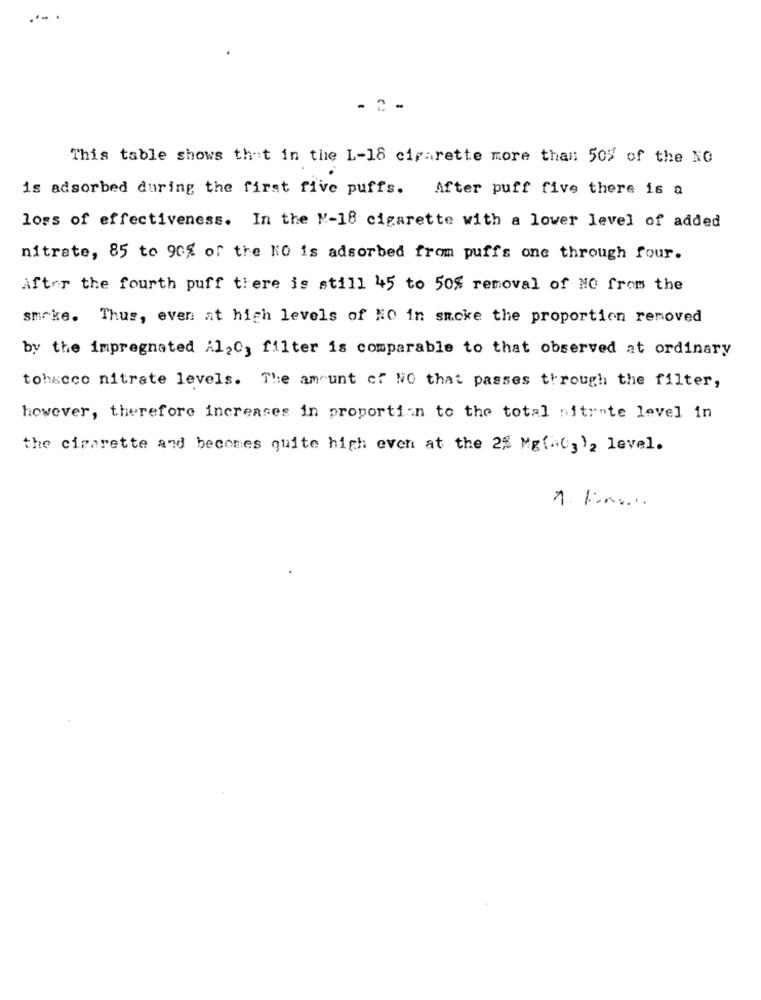
- 2-
This table shows that in the L-18 cigarette more than 50% of the NO
is adsorbed during the first five puffs. After puff five there is a
loss of effectiveness. In the N-18 cigarette with a lower level of added
nitrate, 85 to 90% of the NO is adsorbed from puffs one through four.
After the fourth puff there is still 45 to 50% removal of NO from the
smoke. Thus, even at high levels of NO in smoke the proportion removed
by the impregnated Al20, filter is comparable to that observed at ordinary
tobacco nitrate levels. The amount of NO that passes through the filter,
however, therefore increases in proportion to the total nitr"te level in
the cigarette and becomes quite high even at the 25 Mg(=C3)2 level.
1 1in ....